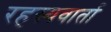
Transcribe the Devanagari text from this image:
रहस्यवार्ता